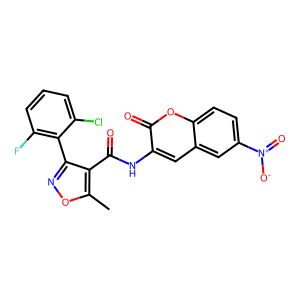
SMILES: Cc1onc(-c2c(F)cccc2Cl)c1C(=O)Nc1cc2cc([N+](=O)[O-])ccc2oc1=O
Inhibits HIV replication: No